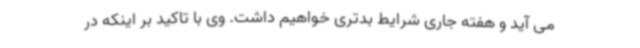
می آید و هفته جاری شرایط بدتری خواهیم داشت. وی با تاکید بر اینکه در